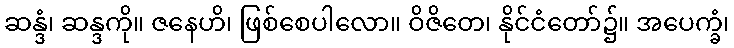
ဆန္ဒံ၊ ဆန္ဒကို။ ဇနေဟိ၊ ဖြစ်စေပါလော။ ဝိဇိတေ၊ နိုင်ငံတော်၌။ အပေက္ခံ၊